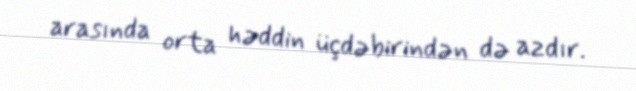
arasında orta həddin üçdəbirindən də azdır.